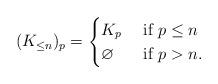
LaTeX: \begin{align*}(K_{\leq n})_p = \begin{cases}K_p & \hbox{ if }p\leq n\\\varnothing & \hbox{ if }p> n.\end{cases}\end{align*}